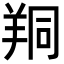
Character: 𦍻